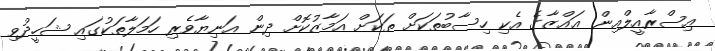
އިސްރާއީލްއިން ޢައްޒާގެ އެކި ހިސާބުތަކަށް ތަކަށް އަމާޒުކޮށް ދިން އަނިޔާވެރި ހަމަލާތަކުގައި ޝަހީދުވި